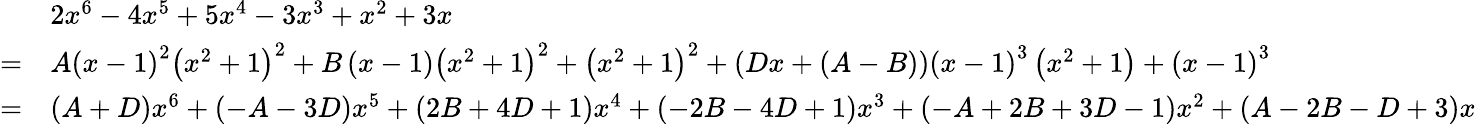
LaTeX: {\begin{array}{rl}&{2x^{6}-4x^{5}+5x^{4}-3x^{3}+x^{2}+3x}\\ {=}&{A\left(x-1\right)^{2}\left(x^{2}+1\right)^{2}+B\left(x-1\right)\left(x^{2}+1\right)^{2}+\left(x^{2}+1\right)^{2}+\left(Dx+\left(A-B\right)\right)\left(x-1\right)^{3}\left(x^{2}+1\right)+\left(x-1\right)^{3}}\\ {=}&{\left(A+D\right)x^{6}+\left(-A-3D\right)x^{5}+\left(2B+4D+1\right)x^{4}+\left(-2B-4D+1\right)x^{3}+\left(-A+2B+3D-1\right)x^{2}+\left(A-2B-D+3\right)x}\end{array}}